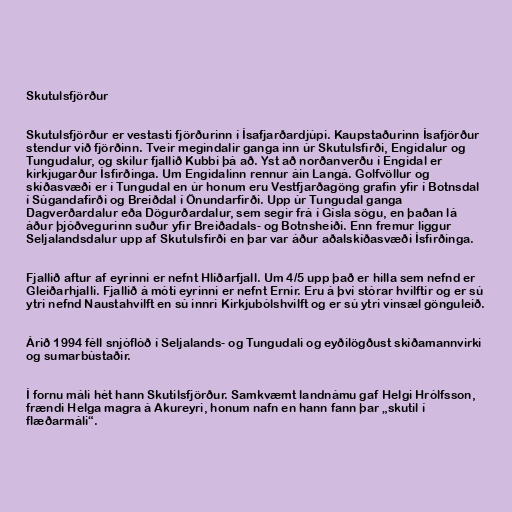
Skutulsfjörður

Skutulsfjörður er vestasti fjörðurinn í Ísafjarðardjúpi. Kaupstaðurinn Ísafjörður
stendur við fjörðinn. Tveir megindalir ganga inn úr Skutulsfirði, Engidalur og
Tungudalur, og skilur fjallið Kubbi þá að. Yst að norðanverðu í Engidal er
kirkjugarður Ísfirðinga. Um Engidalinn rennur áin Langá. Golfvöllur og
skíðasvæði er í Tungudal en úr honum eru Vestfjarðagöng grafin yfir í Botnsdal
í Súgandafirði og Breiðdal í Önundarfirði. Upp úr Tungudal ganga
Dagverðardalur eða Dögurðardalur, sem segir frá í Gísla sögu, en þaðan lá
áður þjóðvegurinn suður yfir Breiðadals- og Botnsheiði. Enn fremur liggur
Seljalandsdalur upp af Skutulsfirði en þar var áður aðalskíðasvæði Ísfirðinga.

Fjallið aftur af eyrinni er nefnt Hlíðarfjall. Um 4/5 upp það er hilla sem nefnd er
Gleiðarhjalli. Fjallið á móti eyrinni er nefnt Ernir. Eru á því stórar hvilftir og er sú
ytri nefnd Naustahvilft en sú innri Kirkjubólshvilft og er sú ytri vinsæl gönguleið.

Árið 1994 féll snjóflóð í Seljalands- og Tungudali og eyðilögðust skíðamannvirki
og sumarbústaðir.

Í fornu máli hét hann Skutilsfjörður. Samkvæmt landnámu gaf Helgi Hrólfsson,
frændi Helga magra á Akureyri, honum nafn en hann fann þar „skutil í
flæðarmáli“.